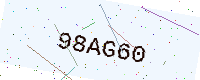
Text: 98AG60